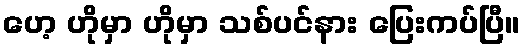
ဟေ့ ဟိုမှာ ဟိုမှာ သစ်ပင်နား ပြေးကပ်ပြီ။